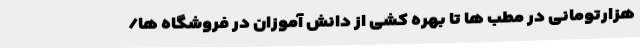
هزارتومانی در مطب‌ ها تا بهره‌ کشی از دانش‌ آموزان در فروشگاه‌ ها/